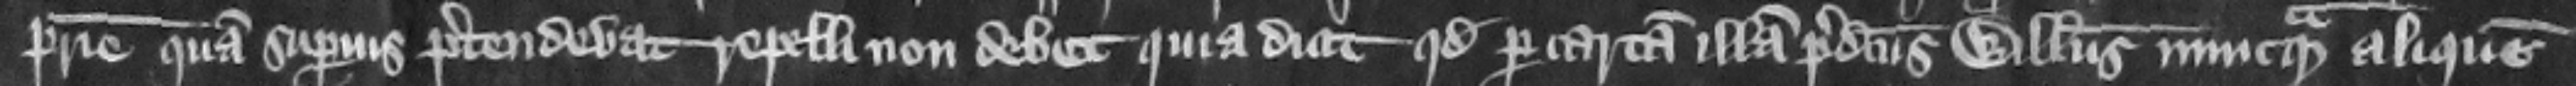
patrie quam superius pretendebat repelli non debet. Quia dicit quod per cartam illam predictus Willelmus nuncquam aliquem